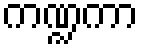
ကဏ္ဍကာ